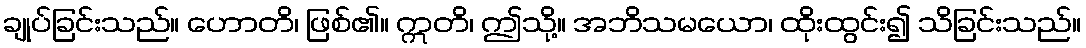
ချုပ်ခြင်းသည်။ ဟောတိ၊ ဖြစ်၏။ ဣတိ၊ ဤသို့။ အဘိသမယော၊ ထိုးထွင်း၍ သိခြင်းသည်။